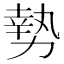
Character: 𫝑